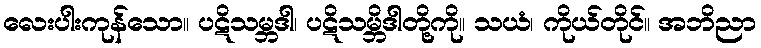
လေးပါးကုန်သော။ ပဋိသမ္ဘဒါ၊ ပဋိသမ္ဘိဒါတို့ကို။ သယံ၊ ကိုယ်တိုင်။ အဘိညာ